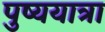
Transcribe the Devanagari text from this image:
पुष्ययात्रा